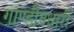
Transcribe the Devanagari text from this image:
गाण्डीवधारी